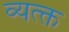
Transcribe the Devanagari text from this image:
व्यत्क्त